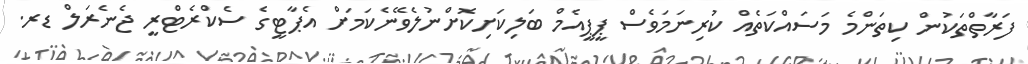
ފަރާތްތަކުން ކިތަންމެ މަސައްކަތެއް ކުރިނަމަވެސް ޕީޕީއެމް ބަލިކަށިކޮށްނުލެވޭނެކަމަށް އެޕާޓީގެ ސެކްރެޓްރީ ޖެނެރަލް ޑރ.